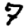
Digit: 7